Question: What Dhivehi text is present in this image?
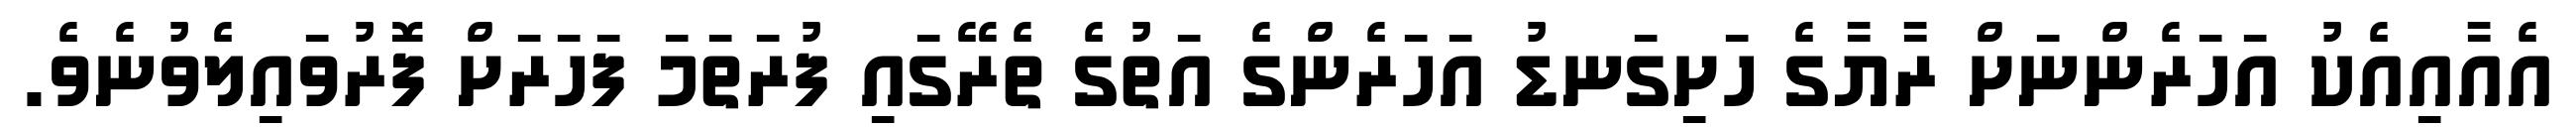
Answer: އެއާއިއެކު އަހަރެންނަށް ރާޔާގެ ހަށިގަނޑު އަހަރެންގެ އަތުގެ ތެރޭގައި ފުރަތަމަ ފަހަރަށް ފޮރުވައިލެވުނެވެ.